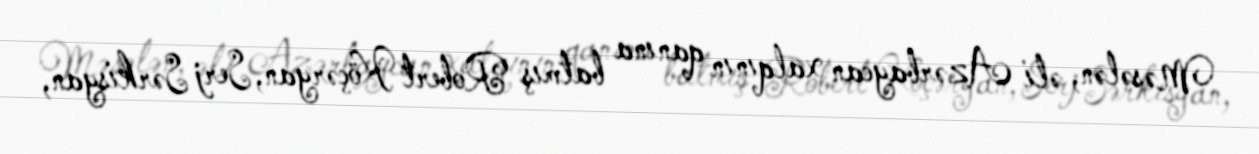
Məsələn, əli Azərbaycan xalqının qanına batmış Robert Köçəryan, Serj Sərkisyan,